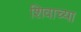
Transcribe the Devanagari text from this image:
शिवाच्या